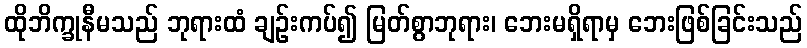
ထိုဘိက္ခုနီမသည် ဘုရားထံ ချဉ်းကပ်၍ မြတ်စွာဘုရား၊ ဘေးမရှိရာမှ ဘေးဖြစ်ခြင်းသည်